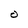
Character: O